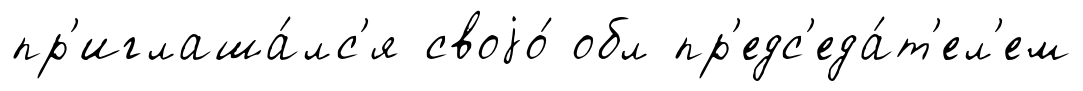
пр'иглаша́лс'я своjо́ обл пр'едс'еда́т'ел'ем